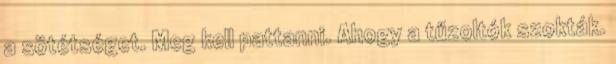
a sötétséget. Meg kell pattanni. Ahogy a tűzoltók szokták.